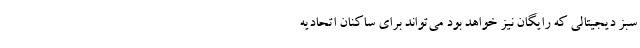
سبز دیجیتالی که رایگان نیز خواهد بود می‌تواند برای ساکنان اتحادیه